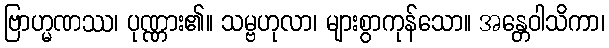
ဗြာဟ္မဏဿ၊ ပုဏ္ဏား၏။ သမ္ဗဟုလာ၊ များစွာကုန်သော။ အန္တေဝါသိကာ၊